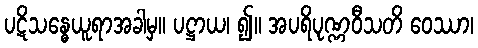
ပဋိသန္ဓေယူရာအခါမှ။ ပဋ္ဌာယ၊ ၍။ အပရိပုဏ္ဏဝီသတိ ဝေဿာ၊